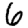
Digit: 6